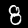
Digit: 8